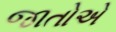
જાતોએ